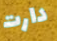
دارت